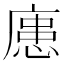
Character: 𪪟